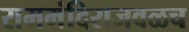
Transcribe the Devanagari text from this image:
राममंदिराजवळच